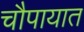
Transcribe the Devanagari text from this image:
चौपायात